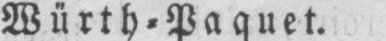
Würth⸗Paquet.